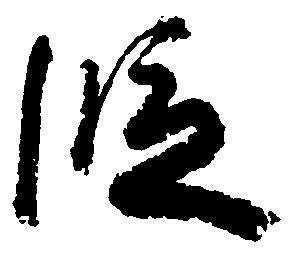
段